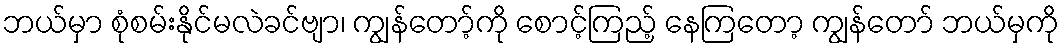
ဘယ်မှာ စုံစမ်းနိုင်မလဲခင်ဗျာ၊ ကျွန်တော့်ကို စောင့်ကြည့် နေကြတော့ ကျွန်တော် ဘယ်မှကို